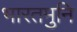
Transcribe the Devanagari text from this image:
भारतमुनि